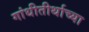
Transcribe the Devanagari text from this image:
गांधीतीर्थाच्या